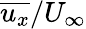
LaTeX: \overline{{u_{x}}}/U_{\infty}